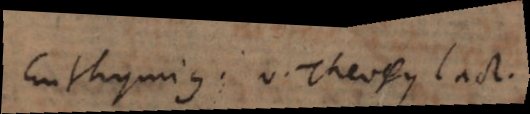
Euthymius; v. Theophylact.